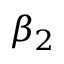
\beta _ { 2 }